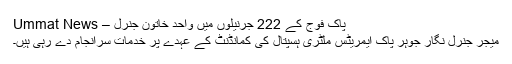
پاک فوج کے 222 جرنیلوں میں واحد خاتون جنرل – Ummat News
میجر جنرل نگار جوہر پاک ایمریٹس ملٹری ہسپتال کی کمانڈنٹ کے عہدے پر خدمات سرانجام دے رہی ہیں۔